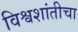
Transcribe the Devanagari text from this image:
विश्वशांतीचा